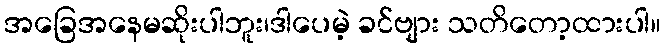
အခြေအနေမဆိုးပါဘူး၊ဒါပေမဲ့ ခင်ဗျား သတိတော့ထားပါ။